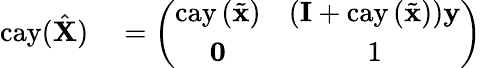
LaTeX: \begin{array}{rl}{\mathrm{cay}(\hat{\mathbf{X}})}&{{}=\left(\begin{array}{cc}{\mathrm{cay}\left(\tilde{\mathbf{x}}\right)}&{\left(\mathbf{I}+\mathrm{cay}\left(\tilde{\mathbf{x}}\right)\right)\mathbf{y}}\\ {\mathbf{0}}&{1}\end{array}\right)}\end{array}